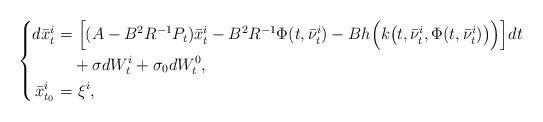
LaTeX: \begin{align*}\left\{\begin{aligned}d\bar{x}^i_t=&~\Big[(A-B^2R^{-1}P_t)\bar{x}^i_t-B^2R^{-1}\Phi(t,\bar{\nu}_t^i)-Bh\Big(k\big(t,\bar{\nu}_t^i,\Phi(t,\bar{\nu}_t^i)\big)\Big)\Big]dt\\&+\sigma dW_t^i+\sigma_0dW_t^0,\\\bar{x}^i_{t_0}=&~\xi^i,\end{aligned}\right.\end{align*}